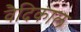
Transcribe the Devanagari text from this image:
वैदिकाल